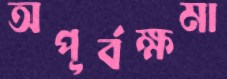
অপূর্বক্ষমা